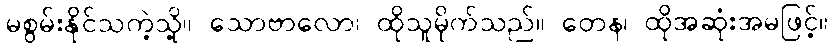
မစွမ်းနိုင်သကဲ့သို့။ သောဗာလော၊ ထိုသူမိုက်သည်။ တေန၊ ထိုအဆုံးအမဖြင့်။